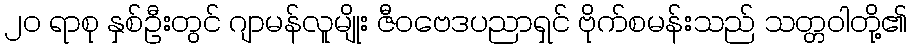
၂၀ ရာစု နှစ်ဦးတွင် ဂျာမန်လူမျိုး ဇီဝဗေဒပညာရှင် ဗိုက်စမန်းသည် သတ္တဝါတို့၏